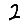
Digit: 2